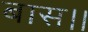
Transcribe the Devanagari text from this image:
बास।।